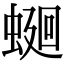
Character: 𧍚